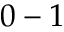
0 - 1